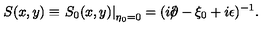
S ( x , y ) \equiv \left. S _ { 0 } ( x , y ) \right| _ { \eta _ { 0 } = 0 } = ( i { \rlap / \partial } - \xi _ { 0 } + i \epsilon ) ^ { - 1 } .